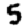
Digit: 5